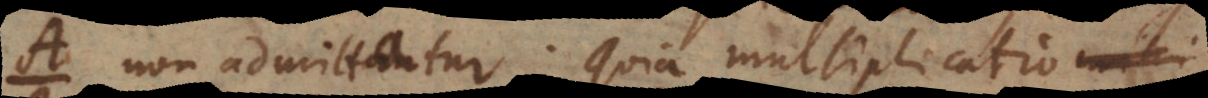
non admittatur. Quia multiplicatio hoc